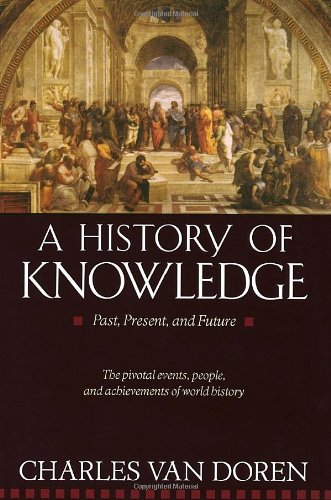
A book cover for A History of Knowledge: Past, Present, and Future; Charles Van Doren; History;